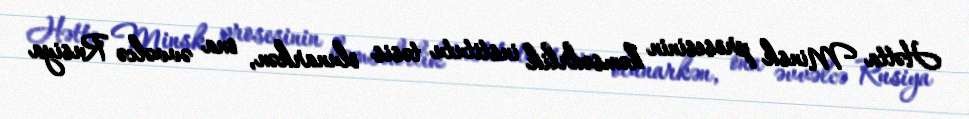
Hətta Minsk prosesinin həmsədrlik institutu təsis olunarkən, ona əvvəlcə Rusiya